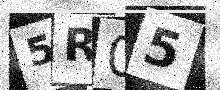
Text: 5R05